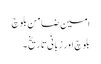
امین ضامن بلوچ
بلوچ اور زبانی تاریخ ۔